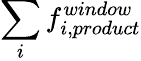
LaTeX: \sum_{i}{f_{i,product}^{window}}